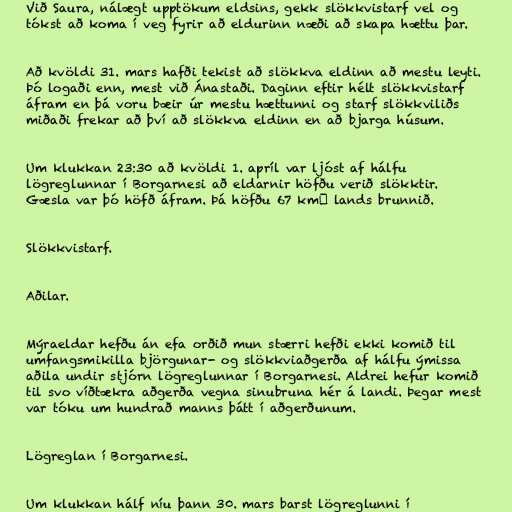
Við Saura, nálægt upptökum eldsins, gekk slökkvistarf vel og
tókst að koma í veg fyrir að eldurinn næði að skapa hættu þar.

Að kvöldi 31. mars hafði tekist að slökkva eldinn að mestu leyti.
Þó logaði enn, mest við Ánastaði. Daginn eftir hélt slökkvistarf
áfram en þá voru bæir úr mestu hættunni og starf slökkviliðs
miðaði frekar að því að slökkva eldinn en að bjarga húsum.

Um klukkan 23:30 að kvöldi 1. apríl var ljóst af hálfu
lögreglunnar í Borgarnesi að eldarnir höfðu verið slökktir.
Gæsla var þó höfð áfram. Þá höfðu 67 km² lands brunnið.

Slökkvistarf.

Aðilar.

Mýraeldar hefðu án efa orðið mun stærri hefði ekki komið til
umfangsmikilla björgunar- og slökkviaðgerða af hálfu ýmissa
aðila undir stjórn lögreglunnar í Borgarnesi. Aldrei hefur komið
til svo víðtækra aðgerða vegna sinubruna hér á landi. Þegar mest
var tóku um hundrað manns þátt í aðgerðunum.

Lögreglan í Borgarnesi.

Um klukkan hálf níu þann 30. mars barst lögreglunni í